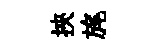
挾旄